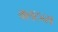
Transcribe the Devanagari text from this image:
क्लटन्स